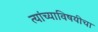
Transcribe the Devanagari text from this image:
त्यांच्याविषयीचा